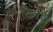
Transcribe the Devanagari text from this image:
किरवे